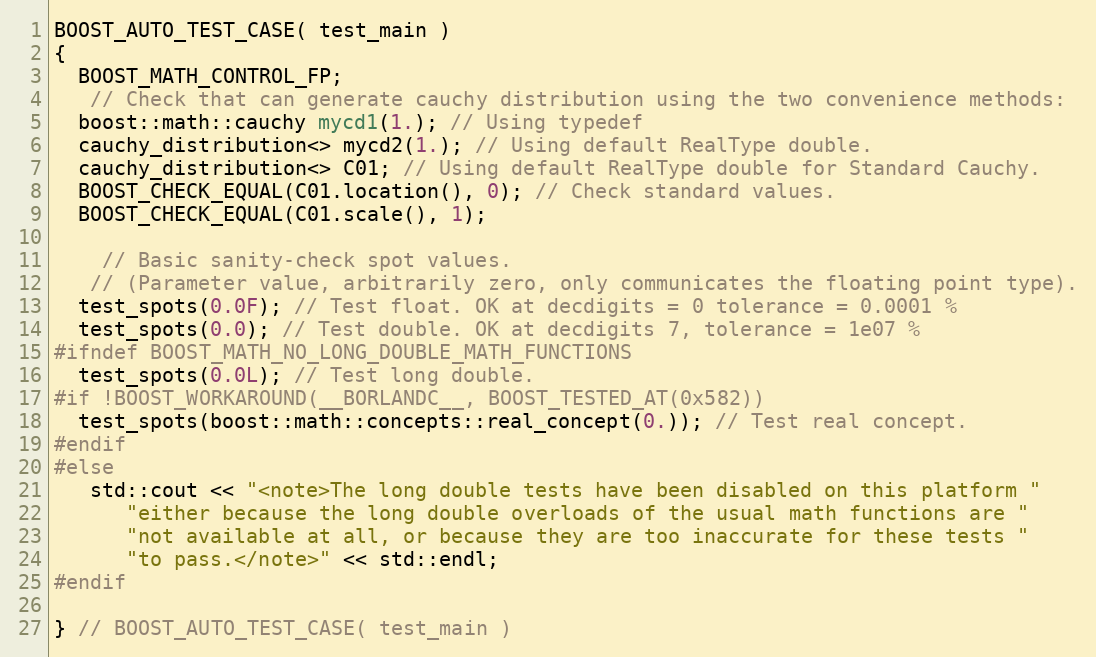
Language: C++
BOOST_AUTO_TEST_CASE( test_main )
{
  BOOST_MATH_CONTROL_FP;
   // Check that can generate cauchy distribution using the two convenience methods:
  boost::math::cauchy mycd1(1.); // Using typedef
  cauchy_distribution<> mycd2(1.); // Using default RealType double.
  cauchy_distribution<> C01; // Using default RealType double for Standard Cauchy.
  BOOST_CHECK_EQUAL(C01.location(), 0); // Check standard values.
  BOOST_CHECK_EQUAL(C01.scale(), 1);

    // Basic sanity-check spot values.
   // (Parameter value, arbitrarily zero, only communicates the floating point type).
  test_spots(0.0F); // Test float. OK at decdigits = 0 tolerance = 0.0001 %
  test_spots(0.0); // Test double. OK at decdigits 7, tolerance = 1e07 %
#ifndef BOOST_MATH_NO_LONG_DOUBLE_MATH_FUNCTIONS
  test_spots(0.0L); // Test long double.
#if !BOOST_WORKAROUND(__BORLANDC__, BOOST_TESTED_AT(0x582))
  test_spots(boost::math::concepts::real_concept(0.)); // Test real concept.
#endif
#else
   std::cout << "<note>The long double tests have been disabled on this platform "
      "either because the long double overloads of the usual math functions are "
      "not available at all, or because they are too inaccurate for these tests "
      "to pass.</note>" << std::endl;
#endif

} // BOOST_AUTO_TEST_CASE( test_main )